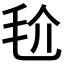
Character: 𣬫